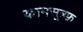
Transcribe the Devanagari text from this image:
कामसूत्रफ़